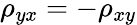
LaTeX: \rho_{yx}=-\rho_{xy}